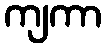
ကျကာ